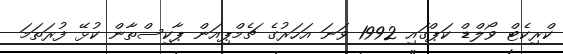
ކްރިކެޓް ވޯލްޑް ކަޕްގައި 1992 ވަނަ އަހަރުގެ ޗެމްޕިއަން ޕާކިސްތާން ކުޅޭ ފުރަތަމަ